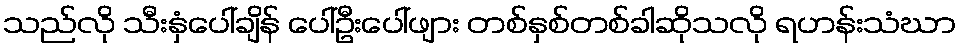
သည်လို သီးနှံပေါ်ချိန် ပေါ်ဦးပေါ်ဖျား တစ်နှစ်တစ်ခါဆိုသလို ရဟန်းသံဃာ